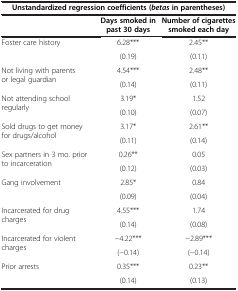
| <COLSPAN=3> Unstandardized regression coefficients (betas in parentheses) |
 |  | Days smoked in past 30 days | Number of cigarettes smoked each day |
 | --- | --- | --- |
 | <ROWSPAN=2> Foster care history | 6.28*** | 2.45** |
 | (0.19) | (0.11) |
 | <ROWSPAN=2> Not living with parents or legal guardian | 4.54*** | 2.48** |
 | (0.14) | (0.11) |
 | <ROWSPAN=2> Not attending school regularly | 3.19* | 1.52 |
 | (0.10) | (0.07) |
 | <ROWSPAN=2> Sold drugs to get money for drugs/alcohol | 3.17* | 2.61** |
 | (0.11) | (0.14) |
 | <ROWSPAN=2> Sex partners in 3 mo. prior to incarceration | 0.26** | 0.05 |
 | (0.12) | (0.03) |
 | <ROWSPAN=2> Gang involvement | 2.85* | 0.84 |
 | (0.09) | (0.04) |
 | <ROWSPAN=2> Incarcerated for drug charges | 4.55*** | 1.74 |
 | (0.14) | (0.08) |
 | <ROWSPAN=2> Incarcerated for violent charges | −4.22*** | −2.89*** |
 | (−0.14) | (−0.14) |
 | Prior arrests | 0.35*** | 0.23** |
 |  | (0.14) | (0.13) |